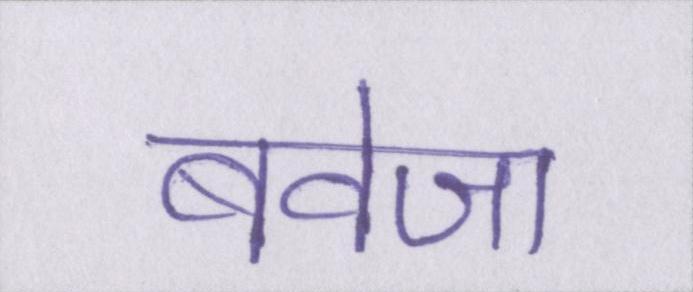
बवेजा